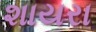
શાયરા